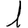
Digit: 1